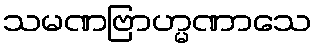
သမဏဗြာဟ္မဏာသေ